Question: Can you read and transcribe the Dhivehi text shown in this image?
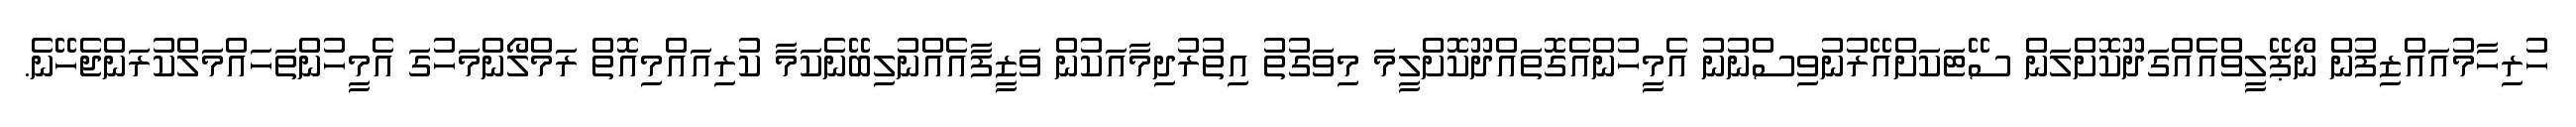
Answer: ހުރިހާމުއައްޒިފުން ނޯޕޭލީވްއެއްގަދޫކޮށްލަން ސޭޓަކަށްއޭރުނުވިސްނުނު އެމީހުންއެގޮތައްދޫކޮށްލީމަ މިވަގުތު އިތުރުދިމާއަކުން ވަޒީފާއެއްނުލިބޭނެކަމާ ކުރިއައްމިއޮތް ރަމްލޯންމަހުގަ އެމީހުންތަހައްމަލްކުރަންޖެހޭނެ.